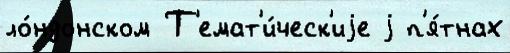
ло́ндонском Т'емат'и́ческ'иjе j п'я́тнах